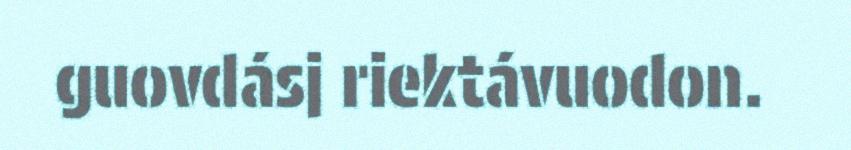
guovdásj riektávuodon.